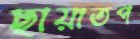
ছায়াতপ